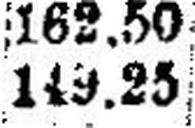
149.25